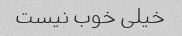
خیلی خوب نیست